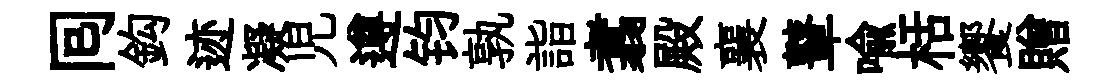
囘鈎迹凝児遵钧孰詣翥殿襄鼙喩栝饗贈